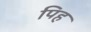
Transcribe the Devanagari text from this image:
पिह